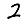
Digit: 2